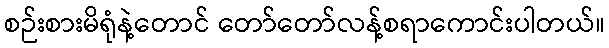
စဉ်းစားမိရုံနဲ့တောင် တော်တော်လန့်စရာကောင်းပါတယ်။